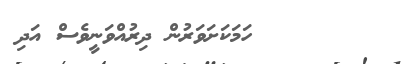
٤٣       ހަމަކަށަވަރުން ދިރުއްވަނީވެސް އަދި